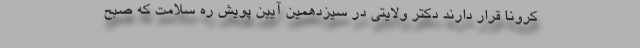
کرونا قرار دارند دکتر ولایتی در سیزدهمین آیین پویش ره سلامت که صبح